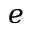
e